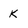
Character: K